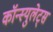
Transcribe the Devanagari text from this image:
कॉन्स्युलेट्स